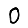
Digit: 0